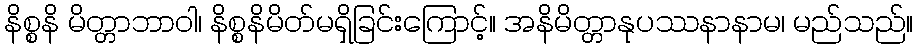
နိစ္စနိ မိတ္တာဘာဝါ၊ နိစ္စနိမိတ်မရှိခြင်းကြောင့်။ အနိမိတ္တာနုပဿနာနာမ၊ မည်သည်။